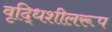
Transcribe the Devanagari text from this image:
वृद्धिशीलरूप